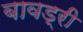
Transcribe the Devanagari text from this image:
बावड्री